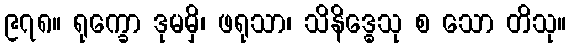
၉၇၈။ ရုက္ခော ဒုမမှိ၊ ဖရုသာ၊ သိနိဒ္ဓေသု စ သော တိသု။